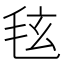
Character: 𪵚